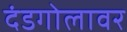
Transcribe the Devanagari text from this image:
दंडगोलावर